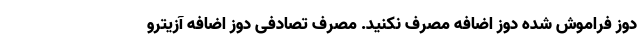
دوز فراموش شده دوز اضافه مصرف نکنید. مصرف تصادفی دوز اضافه آزیترو